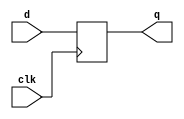
/* Standard include file for EECS151.

 The "no flip-flop inference" policy.  Instead of using flip-flop and
 register inference, all EECS151/251A Verilog specifications will use
 explicit instantiation of register modules (defined below).  This
 policy will apply to lecture, discussion, lab, project, and problem
 sets.  This way of specification matches our RTL model of circuit,
 i.e., all specifications are nothing but a set of interconnected
 combinational logic blocks and state elements.  The goal is to
 simplify the use of Verilog and avoid mistakes that arise from
 specifying sequential logic.  Also, we can eliminate the explicit use
 of the non-blocking assignment "<=", and the associated confusion
 about blocking versus non-blocking.

 Here is a draft set of standard registers for EECS151.  All are
 positive edge triggered.  R and CE represent synchronous reset and
 clock enable, respectively. Both are active high.

 REGISTER 
 REGISTER_CE
 REGISTER_R
 REGISTER_R_CE
*/
`ifndef EECS151_V
`define EECS151_V

`timescale 1ns/1ns

// Register of D-Type Flip-flops
module REGISTER(q, d, clk);
  parameter N = 1;
  output reg [N-1:0] q;
  input [N-1:0]      d;
  input 	     clk;
  initial q = {N{1'b0}};
  always @(posedge clk)
    q <= d;
endmodule // REGISTER

// Register with clock enable
module REGISTER_CE(q, d, ce, clk);
  parameter N = 1;
  output reg [N-1:0] q;
  input [N-1:0]      d;
  input 	      ce, clk;
  initial q = {N{1'b0}};
  always @(posedge clk)
    if (ce) q <= d;
endmodule // REGISTER_CE

// Register with reset value
module REGISTER_R(q, d, rst, clk);
  parameter N = 1;
  parameter INIT = {N{1'b0}};
  output reg [N-1:0] q;
  input [N-1:0]      d;
  input 	      rst, clk;
  initial q = INIT;
  always @(posedge clk)
    if (rst) q <= INIT;
    else q <= d;
endmodule // REGISTER_R

// Register with reset and clock enable
//  Reset works independently of clock enable
module REGISTER_R_CE(q, d, rst, ce, clk);
  parameter N = 1;
  parameter INIT = {N{1'b0}};
  output reg [N-1:0] q;
  input [N-1:0]      d;
  input 	      rst, ce, clk;
  initial q = INIT;
  always @(posedge clk)
    if (rst) q <= INIT;
    else if (ce) q <= d;
endmodule // REGISTER_R_CE


/* 
 Memory Blocks.
*/

// Single-port ROM with asynchronous read
module ASYNC_ROM(q, addr);
  parameter DWIDTH = 8;             // Data width
  parameter AWIDTH = 8;             // Address width
  parameter DEPTH  = (1 << AWIDTH); // Memory depth
  parameter MIF_HEX = "";
  parameter MIF_BIN = "";

  input  [AWIDTH-1:0] addr; // address
  output [DWIDTH-1:0] q;    // read data

  (* rom_style = "distributed" *) reg [DWIDTH-1:0] mem [0:DEPTH-1];

  integer i;
  initial begin
    /* verilator lint_off WIDTH */
    if (MIF_HEX != "") begin
      $readmemh(MIF_HEX, mem);
    end
    else if (MIF_BIN != "") begin
      $readmemb(MIF_BIN, mem);
    end
    /* verilator lint_on WIDTH */
    else begin
      for (i = 0; i < DEPTH; i = i + 1) begin
        mem[i] = 0;
      end
    end
  end

  assign q = mem[addr];
endmodule // ASYNC_ROM

// Single-port RAM with asynchronous read
module ASYNC_RAM(q, d, addr, we, clk);
  parameter DWIDTH = 8;             // Data width
  parameter AWIDTH = 8;             // Address width
  parameter DEPTH  = (1 << AWIDTH); // Memory depth
  parameter MIF_HEX = "";
  parameter MIF_BIN = "";

  input               clk;
  input  [AWIDTH-1:0] addr; // address
  input 	            we;   // write-enable
  input  [DWIDTH-1:0] d;    // write data
  output [DWIDTH-1:0] q;    // read data

  (* ram_style = "distributed" *) reg [DWIDTH-1:0] mem [0:DEPTH-1];

  integer i;
  initial begin
    /* verilator lint_off WIDTH */
    if (MIF_HEX != "") begin
      $readmemh(MIF_HEX, mem);
    end
    else if (MIF_BIN != "") begin
      $readmemb(MIF_BIN, mem);
    end
    /* verilator lint_on WIDTH */
    else begin
      for (i = 0; i < DEPTH; i = i + 1) begin
        mem[i] = 0;
      end
    end
  end

  always @(posedge clk) begin
    if (we)
      mem[addr] <= d;
  end

  assign q = mem[addr];
endmodule // ASYNC_RAM

// Single-port ROM with synchronous read
module SYNC_ROM(q, addr, en, clk);
  parameter DWIDTH = 8;             // Data width
  parameter AWIDTH = 8;             // Address width
  parameter DEPTH  = (1 << AWIDTH); // Memory depth
  parameter MIF_HEX = "";
  parameter MIF_BIN = "";

  input 	            clk;
  input               en;   // ram-enable
  input  [AWIDTH-1:0] addr; // address
  output [DWIDTH-1:0] q;    // read data

  (* rom_style = "block" *) reg [DWIDTH-1:0] mem [0:DEPTH-1];

  integer i;
  initial begin
    /* verilator lint_off WIDTH */
    if (MIF_HEX != "") begin
      $readmemh(MIF_HEX, mem);
    end
    else if (MIF_BIN != "") begin
      $readmemb(MIF_BIN, mem);
    end
    /* verilator lint_on WIDTH */
    else begin
      for (i = 0; i < DEPTH; i = i + 1) begin
        mem[i] = 0;
      end
    end
  end

  reg [DWIDTH-1:0] read_data_reg;
  always @(posedge clk) begin
    if (en) begin
      read_data_reg <= mem[addr];
    end
  end

  assign q = read_data_reg;
endmodule // SYNC_ROM

// Single-port RAM with synchronous read
module SYNC_RAM(q, d, addr, we, en, clk);
  parameter DWIDTH = 8;           // Data width
  parameter AWIDTH = 8;           // Address width
  parameter DEPTH  = 1 << AWIDTH; // Memory depth
  parameter MIF_HEX = "";
  parameter MIF_BIN = "";

  input               clk;
  input  [AWIDTH-1:0] addr; // address
  input 	            we;   // write-enable
  input               en;   // ram-enable
  input  [DWIDTH-1:0] d;    // write data
  output [DWIDTH-1:0] q;    // read data

  (* ram_style = "block" *) reg [DWIDTH-1:0] mem [0:DEPTH-1];

  integer i;
  initial begin
    /* verilator lint_off WIDTH */
    if (MIF_HEX != "") begin
      $readmemh(MIF_HEX, mem);
    end
    else if (MIF_BIN != "") begin
      $readmemb(MIF_BIN, mem);
    end
    /* verilator lint_on WIDTH */
    else begin
      for (i = 0; i < DEPTH; i = i + 1) begin
        mem[i] = 0;
      end
    end
  end

  reg [DWIDTH-1:0] read_data_reg;
  always @(posedge clk) begin
    if (en) begin
      if (we)
        mem[addr] <= d;
      read_data_reg <= mem[addr];
    end
  end

  assign q = read_data_reg;
endmodule // SYNC_RAM

// Dual-port ROM with synchronous read
module SYNC_ROM_DP(q0, addr0, en0, q1, addr1, en1, clk);
  parameter DWIDTH = 8;             // Data width
  parameter AWIDTH = 8;             // Address width
  parameter DEPTH  = (1 << AWIDTH); // Memory depth
  parameter MIF_HEX = "";
  parameter MIF_BIN = "";

  input 	            clk;
  input               en0, en1;     // ram-enable
  input  [AWIDTH-1:0] addr0, addr1; // address
  output [DWIDTH-1:0] q0, q1;       // read data

  (* rom_style = "block" *) reg [DWIDTH-1:0] mem [0:DEPTH-1];

  integer i;
  initial begin
    /* verilator lint_off WIDTH */
    if (MIF_HEX != "") begin
      $readmemh(MIF_HEX, mem);
    end
    else if (MIF_BIN != "") begin
      $readmemb(MIF_BIN, mem);
    end
    /* verilator lint_on WIDTH */
    else begin
      for (i = 0; i < DEPTH; i = i + 1) begin
        mem[i] = 0;
      end
    end
  end

  reg [DWIDTH-1:0] read_data0_reg;
  reg [DWIDTH-1:0] read_data1_reg;

  always @(posedge clk) begin
    if (en0) begin
      read_data0_reg <= mem[addr0];
    end
  end

  always @(posedge clk) begin
    if (en1) begin
      read_data1_reg <= mem[addr1];
    end
  end

  assign q0 = read_data0_reg;
  assign q1 = read_data1_reg;
endmodule // SYNC_ROM_DP

// Dual-port RAM with asynchronous read
module ASYNC_RAM_DP(q0, d0, addr0, we0, q1, d1, addr1, we1, clk);
  parameter DWIDTH = 8;             // Data width
  parameter AWIDTH = 8;             // Address width
  parameter DEPTH  = (1 << AWIDTH); // Memory depth
  parameter MIF_HEX = "";
  parameter MIF_BIN = "";

  input               clk;
  input  [AWIDTH-1:0] addr0, addr1; // address
  input 	            we0, we1;     // write-enable
  input  [DWIDTH-1:0] d0, d1;       // write data
  output [DWIDTH-1:0] q0, q1;       // read data

  (* ram_style = "distributed" *) reg [DWIDTH-1:0] mem [0:DEPTH-1];

  integer i;
  initial begin
    /* verilator lint_off WIDTH */
    if (MIF_HEX != "") begin
      $readmemh(MIF_HEX, mem);
    end
    else if (MIF_BIN != "") begin
      $readmemb(MIF_BIN, mem);
    end
    /* verilator lint_on WIDTH */
    else begin
      for (i = 0; i < DEPTH; i = i + 1) begin
        mem[i] = 0;
      end
    end
  end

  always @(posedge clk) begin
    if (we0)
      mem[addr0] <= d0;
  end

  always @(posedge clk) begin
    if (we1)
      mem[addr1] <= d1;
  end

  assign q0 = mem[addr0];
  assign q1 = mem[addr1];

endmodule // ASYNC_RAM_DP

// Dual-port RAM with synchronous read
module SYNC_RAM_DP(q0, d0, addr0, we0, en0, q1, d1, addr1, we1, en1, clk);
  parameter DWIDTH = 8;             // Data width
  parameter AWIDTH = 8;             // Address width
  parameter DEPTH  = (1 << AWIDTH); // Memory depth
  parameter MIF_HEX = "";
  parameter MIF_BIN = "";

  input               clk;
  input  [AWIDTH-1:0] addr0, addr1; // address
  input 	            we0, we1;     // write-enable
  input               en0, en1;     // ram-enable
  input  [DWIDTH-1:0] d0, d1;       // write data
  output [DWIDTH-1:0] q0, q1;       // read data

  (* ram_style = "block" *) reg [DWIDTH-1:0] mem [0:DEPTH-1];

  integer i;
  initial begin
    /* verilator lint_off WIDTH */
    if (MIF_HEX != "") begin
      $readmemh(MIF_HEX, mem);
    end
    else if (MIF_BIN != "") begin
      $readmemb(MIF_BIN, mem);
    end
    /* verilator lint_on WIDTH */
    else begin
      for (i = 0; i < DEPTH; i = i + 1) begin
        mem[i] = 0;
      end
    end
  end

  reg [DWIDTH-1:0] read_data0_reg, read_data1_reg;

  always @(posedge clk) begin
    if (en0) begin
      if (we0)
        mem[addr0] <= d0;
      read_data0_reg <= mem[addr0];
    end
  end

  always @(posedge clk) begin
    if (en1) begin
      if (we1)
        mem[addr1] <= d1;
      read_data1_reg <= mem[addr1];
    end
  end

  assign q0 = read_data0_reg;
  assign q1 = read_data1_reg;

endmodule // SYNC_RAM_DP

// Single-port RAM with synchronous read with write byte-enable
module SYNC_RAM_WBE(q, d, addr, en, wbe, clk);
  parameter DWIDTH = 8;             // Data width
  parameter AWIDTH = 8;             // Address width
  parameter DEPTH  = (1 << AWIDTH); // Memory depth
  parameter MIF_HEX = "";
  parameter MIF_BIN = "";

  input [DWIDTH-1:0]   d;    // Data input
  input [AWIDTH-1:0]   addr; // Address input
  input [DWIDTH/8-1:0] wbe;  // write-byte-enable
  input en;
  input clk;
  output [DWIDTH-1:0] q;

  (* ram_style = "block" *) reg [DWIDTH-1:0] mem [0:DEPTH-1];

  integer i;
  initial begin
    /* verilator lint_off WIDTH */
    if (MIF_HEX != "") begin
      $readmemh(MIF_HEX, mem);
    end
    else if (MIF_BIN != "") begin
      $readmemb(MIF_BIN, mem);
    end
    /* verilator lint_on WIDTH */
    else begin
      for (i = 0; i < DEPTH; i = i + 1) begin
        mem[i] = 0;
      end
    end
  end

  reg [DWIDTH-1:0] read_data_reg;
  always @(posedge clk) begin
    if (en) begin
      for (i = 0; i < DWIDTH/8; i = i+1) begin
        if (wbe[i])
          mem[addr][i*8 +: 8] <= d[i*8 +: 8];
        end
      read_data_reg <= mem[addr];
    end
  end

  assign q = read_data_reg;
endmodule // SYNC_RAM_WBE

// Dual-port RAM with synchronous read with write byte-enable
module SYNC_RAM_DP_WBE(q0, d0, addr0, en0, wbe0, q1, d1, addr1, en1, wbe1, clk);
  parameter DWIDTH = 8;             // Data width
  parameter AWIDTH = 8;             // Address width
  parameter DEPTH  = (1 << AWIDTH); // Memory depth
  parameter MIF_HEX = "";
  parameter MIF_BIN = "";

  input clk;
  input [DWIDTH-1:0]   d0;    // Data input
  input [AWIDTH-1:0]   addr0; // Address input
  input [DWIDTH/8-1:0] wbe0;  // write-byte-enable
  input                en0;
  output [DWIDTH-1:0]  q0;

  input [DWIDTH-1:0]   d1;    // Data input
  input [AWIDTH-1:0]   addr1; // Address input
  input [DWIDTH/8-1:0] wbe1;  // write-byte-enable
  input                en1;
  output [DWIDTH-1:0]  q1;

  (* ram_style = "block" *) reg [DWIDTH-1:0] mem [0:DEPTH-1];

  integer i;
  initial begin
    /* verilator lint_off WIDTH */
    if (MIF_HEX != "") begin
      $readmemh(MIF_HEX, mem);
    end
    else if (MIF_BIN != "") begin
      $readmemb(MIF_BIN, mem);
    end
    /* verilator lint_on WIDTH */
    else begin
      for (i = 0; i < DEPTH; i = i + 1) begin
        mem[i] = 0;
      end
    end
  end


  reg [DWIDTH-1:0] read_data0_reg;
  reg [DWIDTH-1:0] read_data1_reg;

  always @(posedge clk) begin
    if (en0) begin
      for (i = 0; i < 4; i = i+1) begin
        if (wbe0[i])
          mem[addr0][i*8 +: 8] <= d0[i*8 +: 8];
      end
      read_data0_reg <= mem[addr0];
    end
  end

  always @(posedge clk) begin
    if (en1) begin
      for (i = 0; i < 4; i = i+1) begin
        if (wbe1[i])
          mem[addr1][i*8 +: 8] <= d1[i*8 +: 8];
        end
      read_data1_reg <= mem[addr1];
    end
  end

  assign q0 = read_data0_reg;
  assign q1 = read_data1_reg;

endmodule // SYNC_RAM_DP_WBE

// Multi-port RAM with two asynchronous-read ports, one synchronous-write port
module ASYNC_RAM_1W2R(d0, addr0, we0, q1, addr1, q2, addr2, clk);
  parameter DWIDTH = 8;  // Data width
  parameter AWIDTH = 8;  // Address width
  parameter DEPTH = (1 << AWIDTH); // Memory depth
  parameter MIF_HEX = "";
  parameter MIF_BIN = "";
  input clk;

  input [DWIDTH-1:0] d0;    // Data input
  input [AWIDTH-1:0] addr0; // Address input
  input              we0;   // Write enable

  input [AWIDTH-1:0] addr1; // Address input
  output [DWIDTH-1:0] q1;

  input [AWIDTH-1:0] addr2; // Address input
  output [DWIDTH-1:0] q2;

  (* ram_style = "distributed" *) reg [DWIDTH-1:0] mem [0:DEPTH-1];

  integer i;
  initial begin
    if (MIF_HEX != "") begin
      $readmemh(MIF_HEX, mem);
    end
    else if (MIF_BIN != "") begin
      $readmemb(MIF_BIN, mem);
    end
    else begin
      for (i = 0; i < DEPTH; i = i + 1) begin
        mem[i] = 0;
      end
    end
  end

  always @(posedge clk) begin
    if (we0)
      mem[addr0] <= d0;
  end

  assign q1 = mem[addr1];
  assign q2 = mem[addr2];

endmodule // ASYNC_RAM_1W2R

`endif